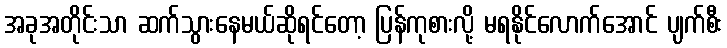
အခုအတိုင်းသာ ဆက်သွားနေမယ်ဆိုရင်တော့ ပြန်ကုစားလို့ မရနိုင်လောက်အောင် ပျက်စီး